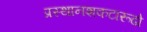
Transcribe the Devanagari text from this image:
प्रस्थानशकटारूढो